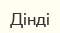
Дінді